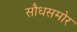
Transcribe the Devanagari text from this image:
सौधसमोर